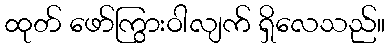
ထုတ် ဖော်ကြွားဝါလျက် ရှိလေသည်။